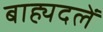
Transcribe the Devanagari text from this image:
बाह्यदलें